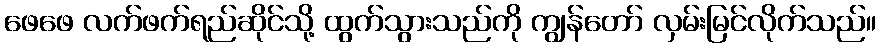
ဖေဖေ လက်ဖက်ရည်ဆိုင်သို့ ထွက်သွားသည်ကို ကျွန်တော် လှမ်းမြင်လိုက်သည်။